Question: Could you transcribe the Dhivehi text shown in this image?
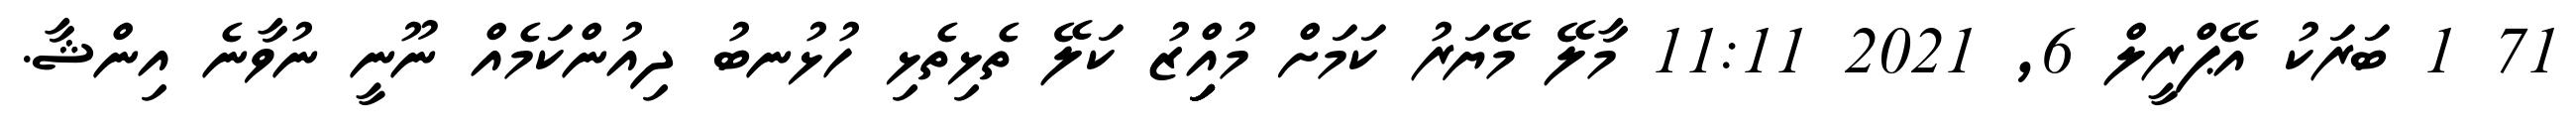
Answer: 71 1 ބަރަކު އޭޕްރީލް 6, 2021 11:11 މާލޭ މޭޔަރު ކަމަށް މުއިިިިިްޒު ކަލޭ ތެޅިތެޅި ހުޅުނބު ދިއުންކަމެއް ނޫނީ ނުވާނެ އިންޝާ.